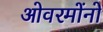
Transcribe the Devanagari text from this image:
ओवरमोंनो